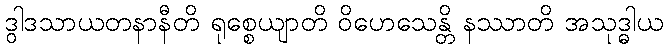
ဒွါဒသာယတနာနီတိ ရုစ္စေယျာတိ ဝိဟေသေန္တိ နဿာတိ အသုဒ္ဓါယ